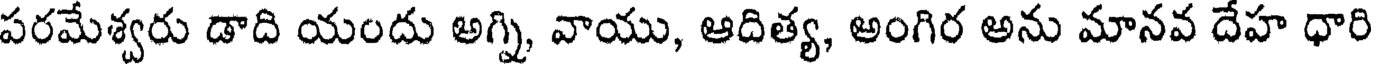
పరమేశ్వరు డాది యందు అగ్ని, వాయు, ఆదిత్య, అంగిర అను మానవ దేహ ధారి